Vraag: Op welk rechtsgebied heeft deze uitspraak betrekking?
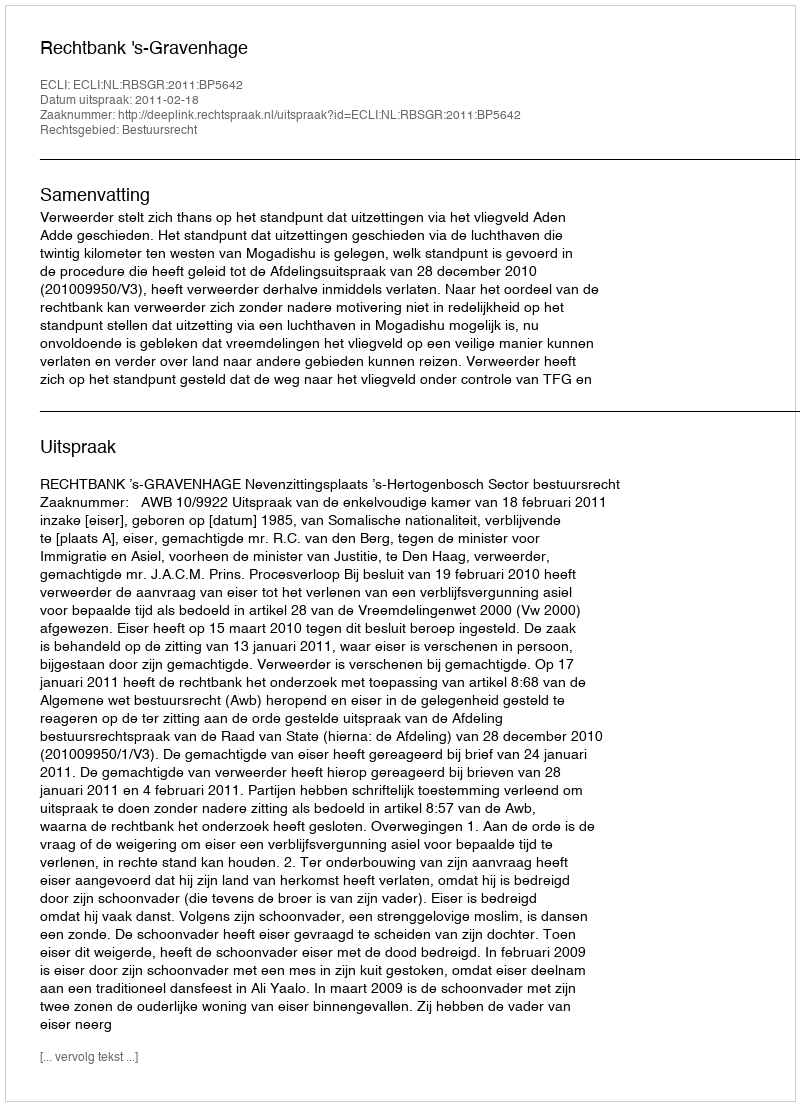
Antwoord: Bestuursrecht